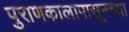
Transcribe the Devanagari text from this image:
पुराणकालापासूनच्या